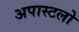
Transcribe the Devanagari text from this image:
अपास्टलो